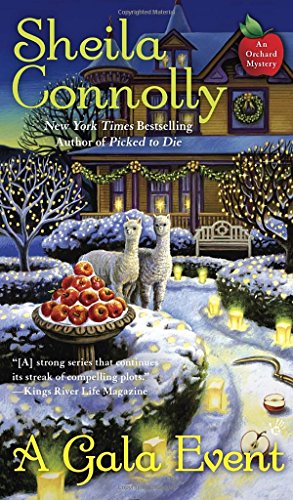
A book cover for A Gala Event (An Orchard Mystery); Sheila Connolly; Mystery, Thriller & Suspense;